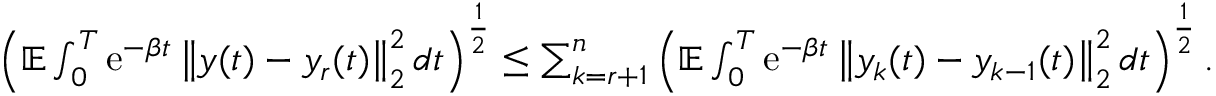
\begin{array} { r } { \left( \mathbb E \int _ { 0 } ^ { T } \operatorname { e } ^ { - \beta t } \left\| y ( t ) - y _ { r } ( t ) \right\| _ { 2 } ^ { 2 } d t \right) ^ { \frac { 1 } { 2 } } \leq \sum _ { k = r + 1 } ^ { n } \left( \mathbb E \int _ { 0 } ^ { T } \operatorname { e } ^ { - \beta t } \left\| y _ { k } ( t ) - y _ { k - 1 } ( t ) \right\| _ { 2 } ^ { 2 } d t \right) ^ { \frac { 1 } { 2 } } . } \end{array}